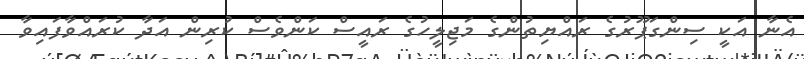
އެނާ އަކީ ސިންގަޕޫރުގެ ރައްޔިތުންގެ މަޖިލީހުގެ ރައީސް ކަންވެސް ކުރިން އަދާ ކުރައްވާފައިވާ